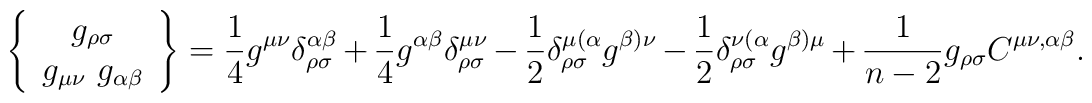
\left\{\begin{array}{c}g_{\rho\sigma} \\ g_{\mu\nu}\ g_{\alpha\beta}\end{array}\right\}=\frac{1}{4}g^{\mu\nu}\delta^{\alpha\beta}_{\rho\sigma}+\frac{1}{4}g^{\alpha\beta}\delta^{\mu\nu}_{\rho\sigma}-\frac{1}{2}\delta^{\mu(\alpha}_{\rho\sigma}g^{\beta)\nu}-\frac{1}{2}\delta^{\nu(\alpha}_{\rho\sigma}g^{\beta)\mu}+\frac{1}{n-2}g_{\rho\sigma}C^{\mu\nu,\alpha\beta}.